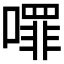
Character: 𭋈